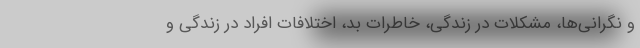
و نگرانی‌ها، مشکلات در زندگی، خاطرات بد، اختلافات افراد در زندگی و